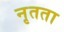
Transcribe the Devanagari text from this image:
नृतता